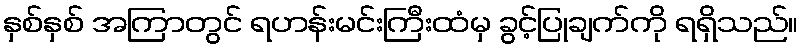
နှစ်နှစ် အကြာတွင် ရဟန်းမင်းကြီးထံမှ ခွင့်ပြုချက်ကို ရရှိသည်။